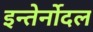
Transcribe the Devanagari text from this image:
इन्तेर्नोदल